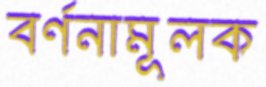
বর্ণনামূলক